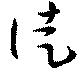
徒